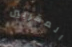
المقربين